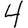
Digit: 4